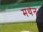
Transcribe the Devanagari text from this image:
मथेन